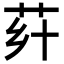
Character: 𦭚